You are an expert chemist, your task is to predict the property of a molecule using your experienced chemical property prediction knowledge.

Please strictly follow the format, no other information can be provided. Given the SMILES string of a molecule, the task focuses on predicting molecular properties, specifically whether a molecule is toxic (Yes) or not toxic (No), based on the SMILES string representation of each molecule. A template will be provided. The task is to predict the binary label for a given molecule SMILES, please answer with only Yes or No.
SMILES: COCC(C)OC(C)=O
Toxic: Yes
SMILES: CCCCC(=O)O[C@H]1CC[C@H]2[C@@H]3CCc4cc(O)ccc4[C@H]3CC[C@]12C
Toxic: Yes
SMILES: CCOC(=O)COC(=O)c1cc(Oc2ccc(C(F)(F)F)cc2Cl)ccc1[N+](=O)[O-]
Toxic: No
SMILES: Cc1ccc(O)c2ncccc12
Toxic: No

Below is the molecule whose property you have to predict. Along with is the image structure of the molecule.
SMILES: CCc1cc(OC)c(C[C@H](C)N)cc1OC
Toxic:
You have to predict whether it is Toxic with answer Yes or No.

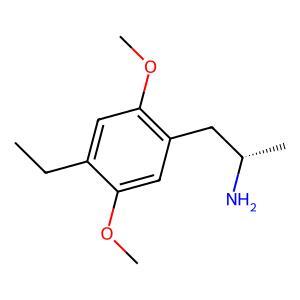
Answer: No